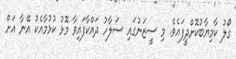
ގޯލު ކާމިޔާބުކޮށްދީފައެވެ. މި ސީޒަނުގައި ސަލާހު ދައްކާފައިވާ މޮޅު ކުޅުމާއެކު އޭނާ އަށް